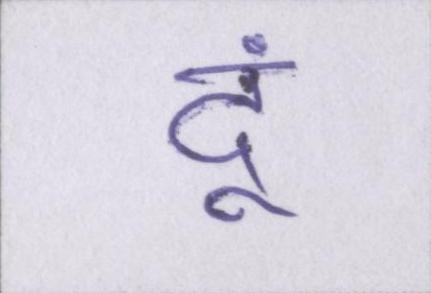
दूं।